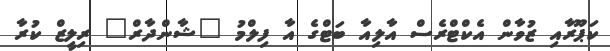
ކަޕޫރާއި ޒުވާން އެކްޓްރެސް އާލިއާ ބަޓްގެ އާ ފިލްމު "ޝާންދާރް" ރިލީޒް ކުރާ